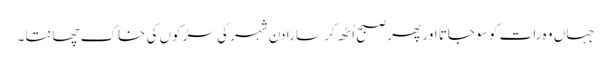
جہاں وہ رات کو سو جاتا اور پھر صبح اُٹھ کر سارا دن شہر کی سڑکوں کی خاک چھانتا۔